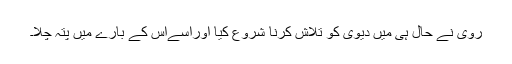
روی نے حال ہی میں دیوی کو تلاش کرنا شروع کیا اوراسےاس کے بارے میں پتہ چلا۔